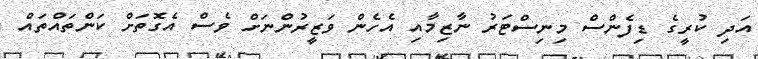
އަދި ކުރީގެ ޑިފެންސް މިނިސްޓަރު ނާޒިމާއި އެހެން ވަޒީރުންނަށް ވެސް އެގޮތަށް ކަންތައްތައް